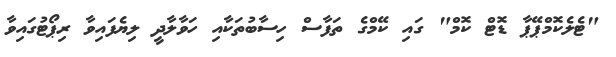
"ޓެލެކޮމްޕޭޕާ ޑޮޓް ކޮމް" ގައި ކޭމްގެ ތަފާސް ހިސާބުތަކާއި ހަވާލާދީ ލިޔެފައިވާ ރިޕޯޓުގައިވާ